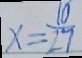
x = \frac { 1 0 } { 2 7 }